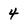
Character: 4